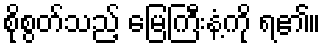
စိုစွတ်သည့် မြေကြီးနံ့ကို ရ၏။